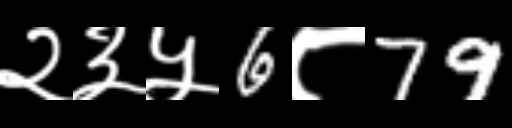
Text: २३५6८79